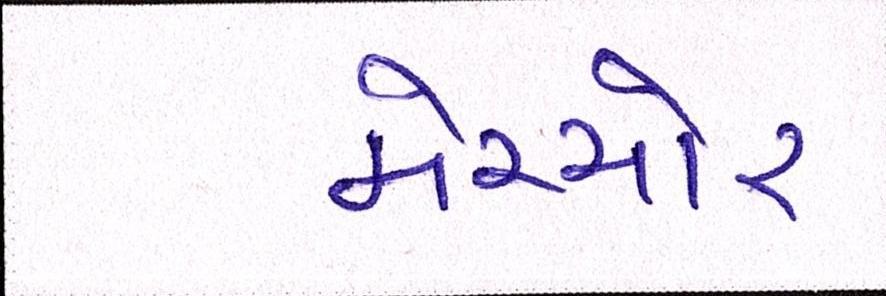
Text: મેચ્યોર